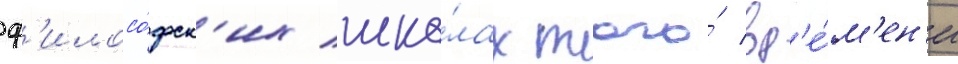
ф'илосо́фск'их шко́лах того́ вр'е́м'ен'и